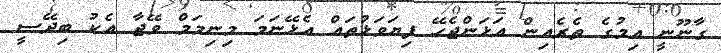
ގާނޫނީ އިމުގެ ތެރެއިން އަޅަންޖެހޭ ފިޔަވަޅުތައް އެޅޭނަމަ މިނިމަމް ވޭޖާ އެކު ބިދޭސީ